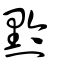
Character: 黔